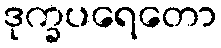
ဒုက္ခပရေတော